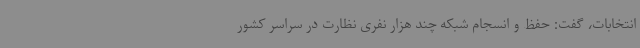
انتخابات، گفت: حفظ و انسجام شبکه چند هزار نفری نظارت در سراسر کشور